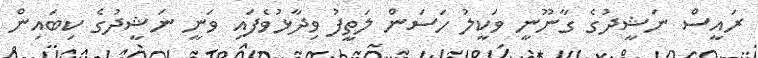
ރައީސް ނަޝީދުގެ ގާނޫނީ ވަކީލު ހަސަން ލަތީފު ވިދާޅުވެފައި ވަނީ ނަޝީދުގެ ކިބައިން